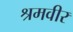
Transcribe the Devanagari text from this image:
श्रमवीर